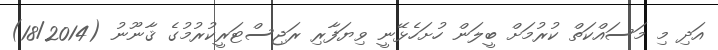
އަދި މި މަސައްކަތް ކުރުމަށް ބީލަން ހުށަހެޅޭނީ ވިޔަފާރި ރަޖިސްޓަރީކުރުމުގެ ޤާނޫނު (18/2014)